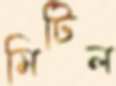
মিটিল